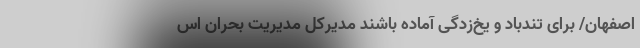
اصفهان/ برای تُندباد و یخ‌زدگی آماده باشند مدیرکل مدیریت بحران اس